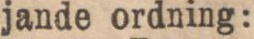
jande ordning: